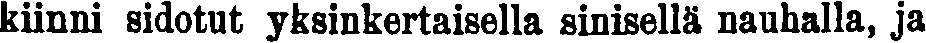
kiinni sidotut yksinkertaisella sinisellä nauhalla, ja